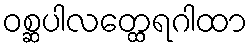
ဝစ္ဆပါလတ္ထေရဂါထာ